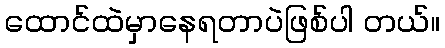
ထောင်ထဲမှာနေရတာပဲဖြစ်ပါ တယ်။